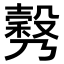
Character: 𣫉